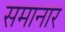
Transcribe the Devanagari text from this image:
समानार